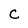
Character: c